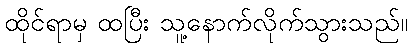
ထိုင်ရာမှ ထပြီး သူ့နောက်လိုက်သွားသည်။